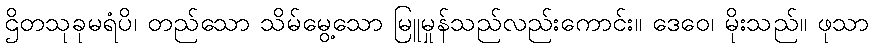
ဌိတသုခုမရံပိ၊ တည်သော သိမ်မွေ့သော မြူမှုန်သည်လည်းကောင်း။ ဒေဝေ၊ မိုးသည်။ ဖုသာ